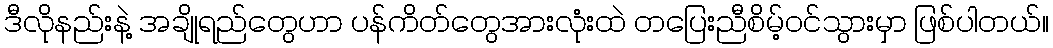
ဒီလိုနည်းနဲ့ အချိုရည်တွေဟာ ပန်ကိတ်တွေအားလုံးထဲ တပြေးညီစိမ့်ဝင်သွားမှာ ဖြစ်ပါတယ်။